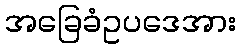
အခြေခံဥပဒေအား